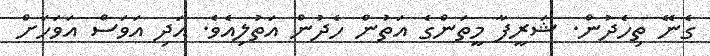
ގެނޭ ތިހެދުން. ޝަރީފާ މީތަންގެ އަތުން ހެދުން އަތުލިއެވެ. އަދި އަވަސް އަވަހަށް